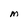
Character: M